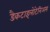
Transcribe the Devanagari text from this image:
डैकटाइलोटेनिअम